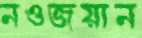
নওজয়ান